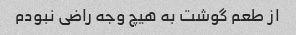
از طعم گوشت به هیچ وجه راضی نبودم